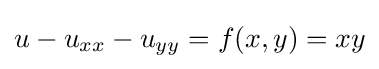
u-u_{xx}-u_{yy}=f(x,y)=xy